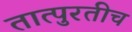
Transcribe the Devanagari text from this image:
तात्पुरतीच